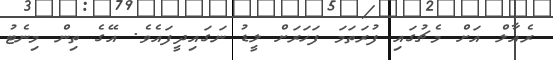
ރެއާލް އަށް މެޗުގައި ފުރަތަމަ ފަހަރަށް ލީޑު ނަގައިދީފައެވެ. އޭގެ ތިން މިނެޓު